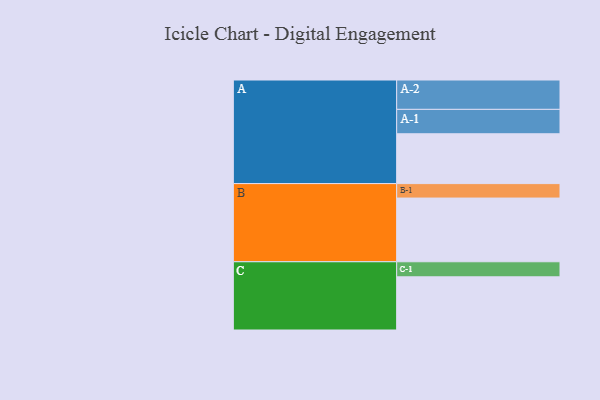
{"axis": {"x": "Segment", "y": "Value"}, "legend": ["", "A", "B", "C"], "data": [{"x": "A", "y": 341, "type": ""}, {"x": "B", "y": 436, "type": ""}, {"x": "C", "y": 364, "type": ""}, {"x": "A-1", "y": 167, "type": "A"}, {"x": "A-2", "y": 201, "type": "A"}, {"x": "B-1", "y": 99, "type": "B"}, {"x": "C-1", "y": 103, "type": "C"}]}